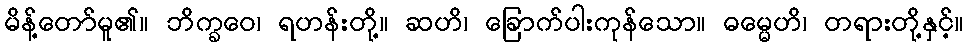
မိန့်တော်မူ၏။ ဘိက္ခဝေ၊ ရဟန်းတို့။ ဆဟိ၊ ခြောက်ပါးကုန်သော။ ဓမ္မေဟိ၊ တရားတို့နှင့်။